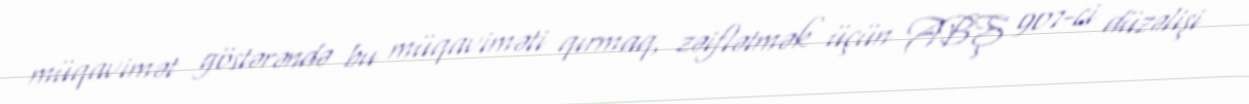
müqavimət göstərəndə bu müqaviməti qırmaq, zəiflətmək üçün ABŞ 907-ci düzəlişi